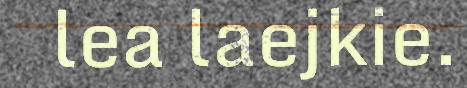
lea laejkie.